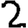
Digit: 2